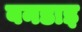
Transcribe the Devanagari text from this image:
बनडाइ